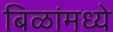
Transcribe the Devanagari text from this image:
बिळांमध्ये